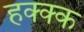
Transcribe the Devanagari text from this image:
हक्क्क